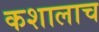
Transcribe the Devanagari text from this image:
कशालाच